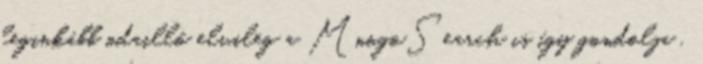
leginkább odaillő elvileg a MnogoSearch is így gondolja ,